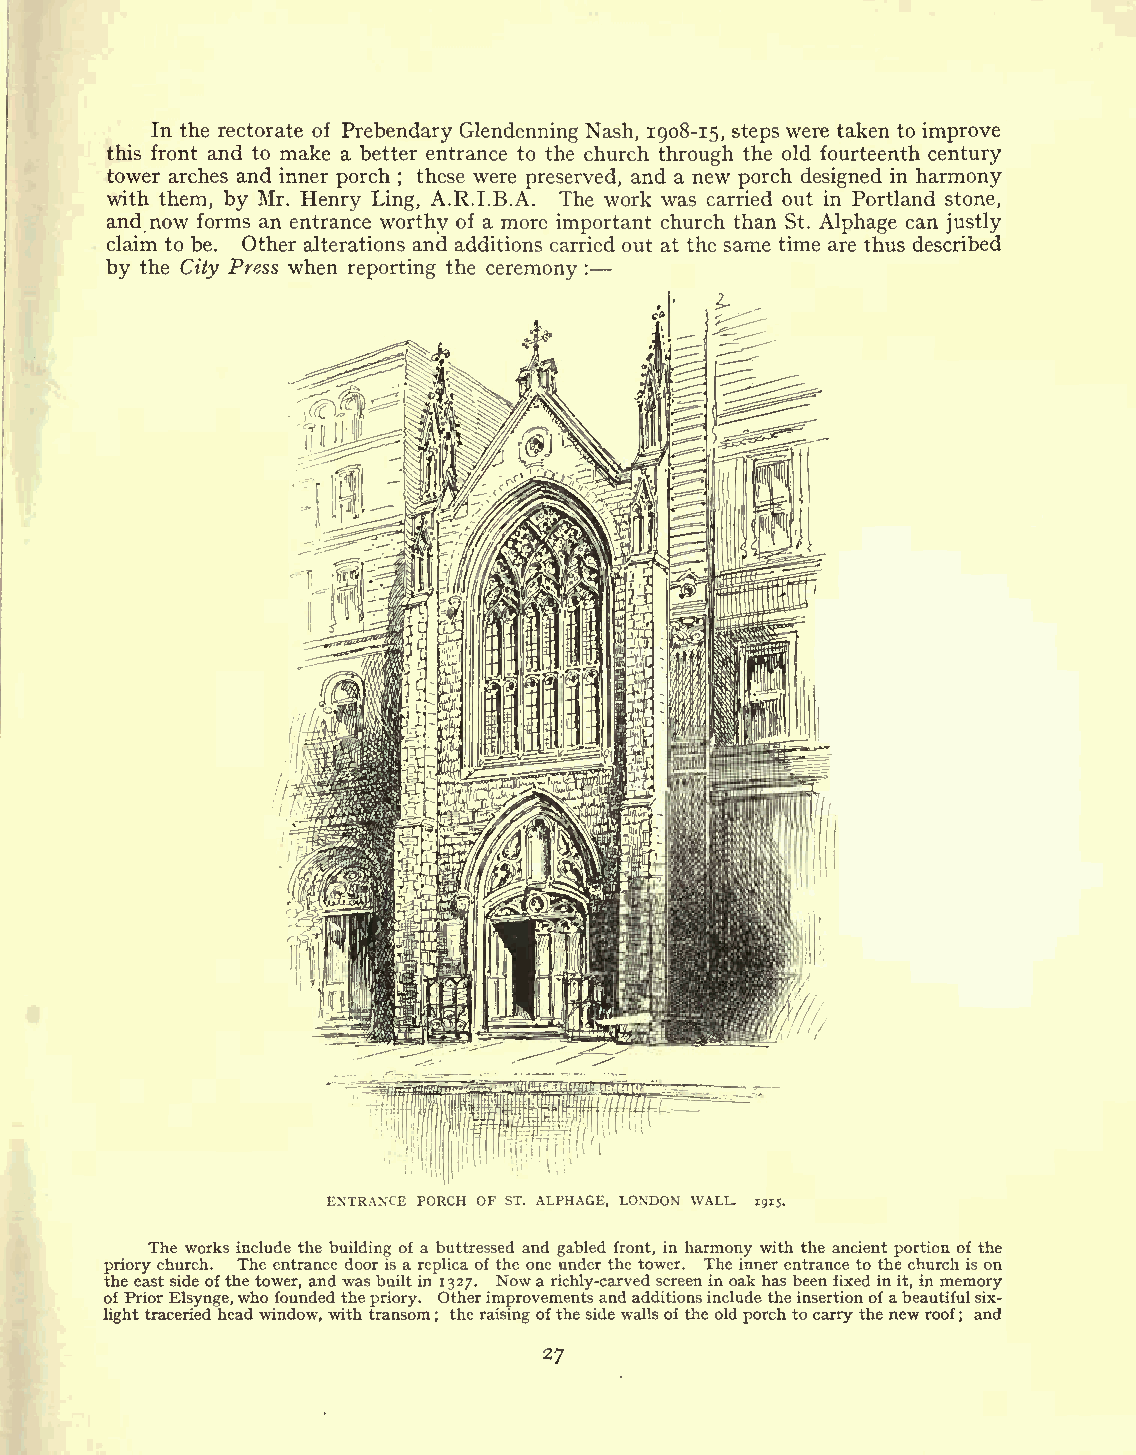
In the rectorate of Prebendary Glendenning Nash, 1908-15, steps were taken to improve
 this front and to make a better entrance to the church through the old fourteenth century
 tower arches and inner porch ; these were preserved, and a new porch designed in harmony
 with them, by Mr. Henry Ling, A.R.I.B.A. The work was carried out in Portland stone,
 and now forms an entrance worthy of a more important church than St. Alphage can justly
 claim to be. Other alterations and additions carried out at the same time are thus described
 by the City Press when reporting the ceremony :
 ENTRANCE PORCH OF ST. ALPHAGE, LONDON WALL. 1915.
 The works include the building of a buttressed and gabled front, in harmony with the ancient portion of the
 priory church. The entrance door is a replica of the one under the tower. The inner entrance to the church is on
 the eastside ofthetower, and wasbuiltin 1327. Nowarichly-carved screenin oak hasbeen fixedinit, in memory
 ofPriorElsynge,who foundedthepriory. Otherimprovementsandadditionsinclude theinsertionofabeautifulsix-
 lighttraceried headwindow, with transom
 ;
 theraisingofthesidewallsofthe oldporchtocarry thenew roof
 ;
 and